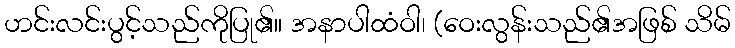
ဟင်းလင်းပွင့်သည်ကိုပြု၏။ အနာပါထံဝါ၊ (ဝေးလွန်းသည်၏အဖြစ် သိမ်